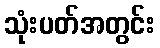
သုံးပတ်အတွင်း